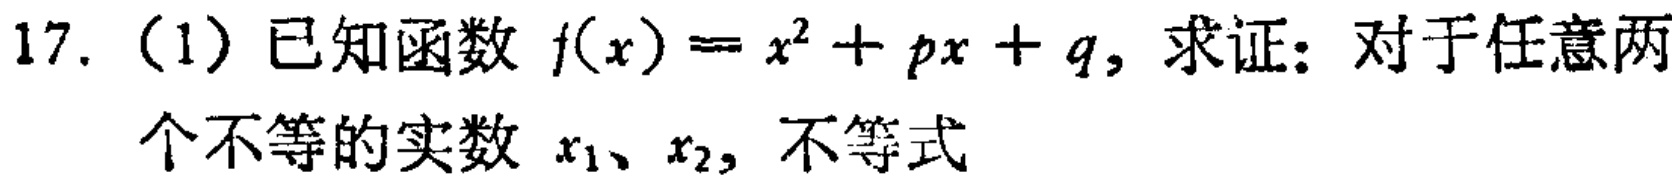
17.（1）已知函数\(f(x)=x^{2}+px + q\)，求证：对于任意两个不等的实数\(x_{1}\)、\(x_{2}\)，不等式